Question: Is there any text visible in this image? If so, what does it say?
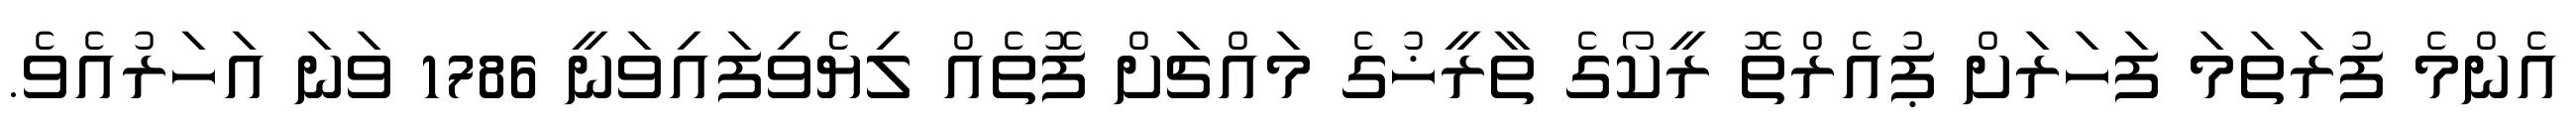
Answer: އެންމެ ފުރަތަމަ ފަހަރަށް ޕުއެރްތޮ ރީކޯގެ ތާރީޚުގެ މައްޗަށް ފޮތެއް ލިޔެެވިފައިވަނީ 1786 ވަނަ އަހަރުއެވެ.